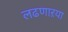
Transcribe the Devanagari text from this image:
लढणाऱया